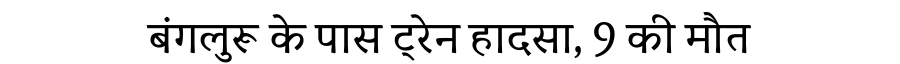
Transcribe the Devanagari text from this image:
बंगलुरू के पास ट्रेन हादसा, 9 की मौत